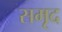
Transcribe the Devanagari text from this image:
समृद